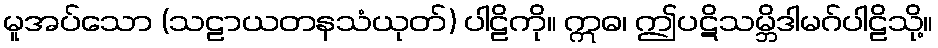
မူအပ်သော (သဠာယတနသံယုတ်) ပါဠိကို။ ဣဓ၊ ဤပဋိသမ္ဘိဒါမဂ်ပါဠိသို့။